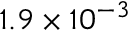
1 . 9 \times 1 0 ^ { - 3 }